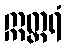
ဣတ္တရံ